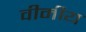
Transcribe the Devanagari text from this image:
वीमीय